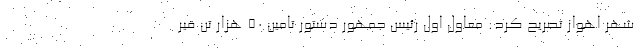
شهر اهواز تصریح کرد: معاول اول رئیس جمهور دستور تامین ۵۰ هزار تن قیر